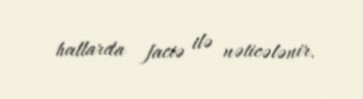
hallarda faciə ilə nəticələnir.